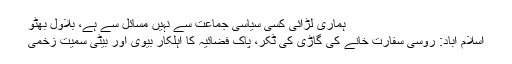
ہماری لڑائی کسی سیاسی جماعت سے نہیں مسائل سے ہے، بلاول بھٹو
اسلام آباد: روسی سفارت خانے کی گاڑی کی ٹکر، پاک فضائیہ کا اہلکار بیوی اور بیٹی سمیت زخمی